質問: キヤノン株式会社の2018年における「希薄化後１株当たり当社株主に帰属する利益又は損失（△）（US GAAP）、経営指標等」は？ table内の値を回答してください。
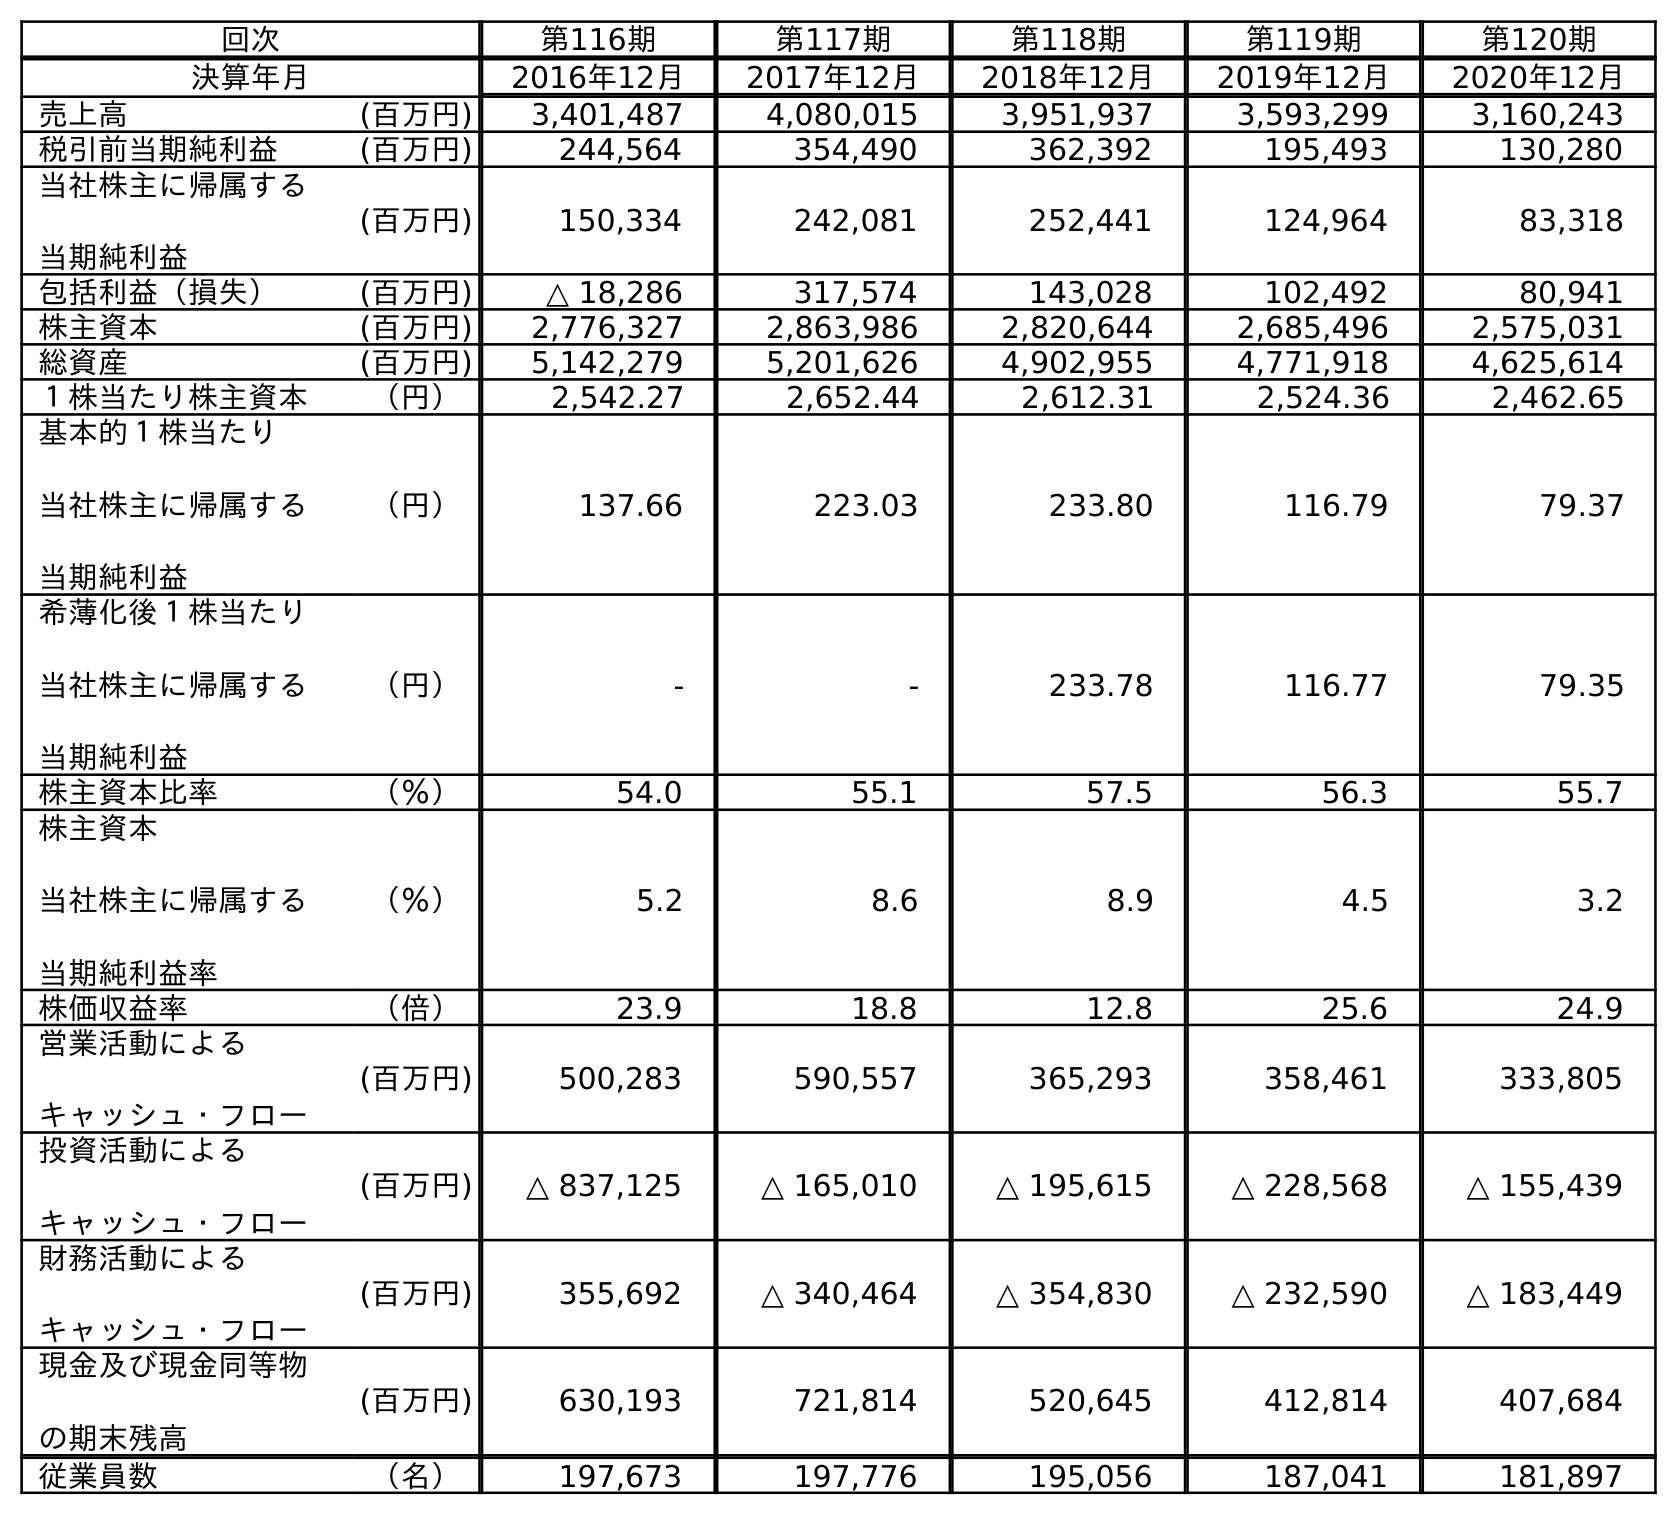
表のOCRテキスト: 回次 第116期 第117期 第118期 第119期 第120期 決算年月 2016年12月 2017年12月 2018年12月 2019年12月 2020年12月 売上高 (百万円) 3,401,487 4,080,015 3,951,937 3,593,299 3,160,243 税引前当期純利益 (百万円) 244,564 354,490 362,392 195,493 130,280 当社株主に帰属する 当期純利益 (百万円) 150,334 242,081 252,441 124,964 83,318 包括利益（損失） (百万円) △ 18,286 317,574 143,028 102,492 80,941 株主資本 (百万円) 2,776,327 2,863,986 2,820,644 2,685,496 2,575,031 総資産 (百万円) 5,142,279 5,201,626 4,902,955 4,771,918 4,625,614 １株当たり株主資本 （円） 2,542.27 2,652.44 2,612.31 2,524.36 2,462.65 基本的１株当たり 当社株主に帰属する 当期純利益 （円） 137.66 223.03 233.80 116.79 79.37 希薄化後１株当たり 当社株主に帰属する 当期純利益 （円） - - 233.78 116.77 79.35 株主資本比率 （％） 54.0 55.1 57.5 56.3 55.7 株主資本 当社株主に帰属する 当期純利益率 （％） 5.2 8.6 8.9 4.5 3.2 株価収益率 （倍） 23.9 18.8 12.8 25.6 24.9 営業活動による キャッシュ・フロー (百万円) 500,283 590,557 365,293 358,461 333,805 投資活動による キャッシュ・フロー (百万円) △ 837,125 △ 165,010 △ 195,615 △ 228,568 △ 155,439 財務活動による キャッシュ・フロー (百万円) 355,692 △ 340,464 △ 354,830 △ 232,590 △ 183,449 現金及び現金同等物 の期末残高 (百万円) 630,193 721,814 520,645 412,814 407,684 従業員数 （名） 197,673 197,776 195,056 187,041 181,897
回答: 233.78